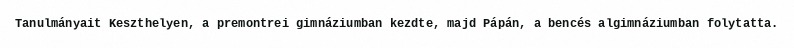
Tanulmányait Keszthelyen, a premontrei gimnáziumban kezdte, majd Pápán, a bencés algimnáziumban folytatta.